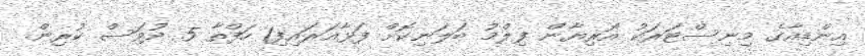
އިންޑިއާގެ މިނިސްޓަރަކު އޮރިޔާން ފިލްމު ބަލަނިކޮށް ފަޅާއަރައިފި1 ހަފްތާ 5 ދުވަސް ކުރިން.